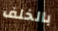
بالخلف